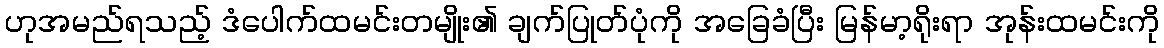
ဟုအမည်ရသည့် ဒံပေါက်ထမင်းတမျိုး၏ ချက်ပြုတ်ပုံကို အခြေခံပြီး မြန်မာ့ရိုးရာ အုန်းထမင်းကို